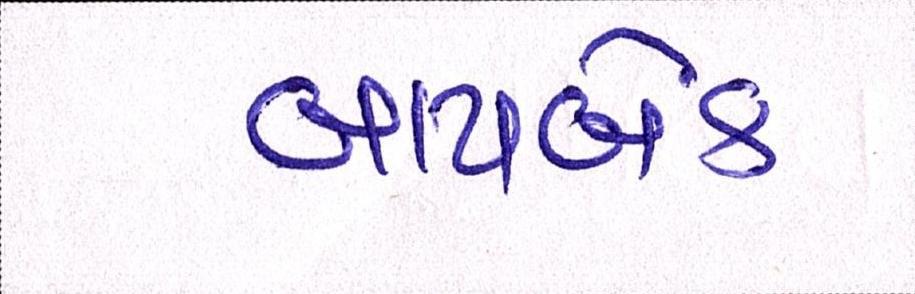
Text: બાયબેક